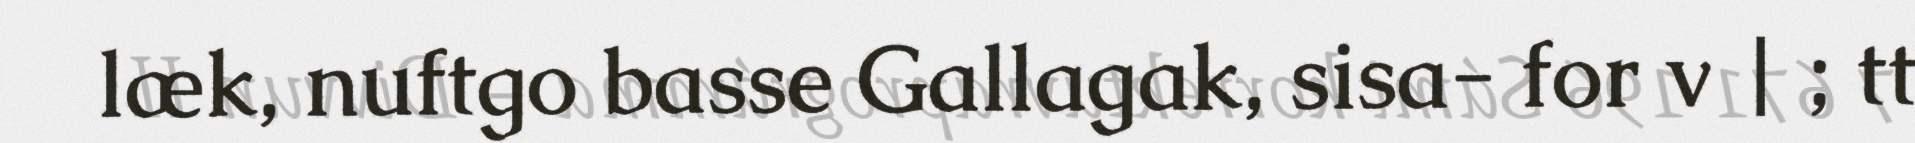
læk, nuftgo basse Gallagak, sisa- for v | ; tt